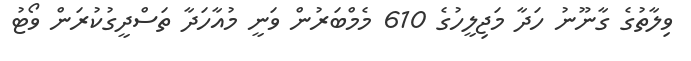
ވިލާތުގެ ގާނޫނު ހަދާ މަޖިލީހުގެ 610 މެމްބަރުން ވަނީ މުއާހަދާ ތަސްދީގުކުރަން ވޯޓު